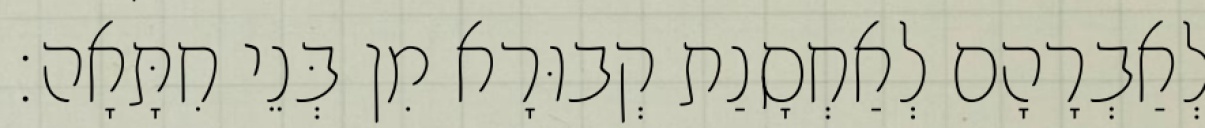
לְאַבְרָהָם לְאַחְסָנַת קְבוּרָא מִן בְּנֵי חִתָּאָה׃